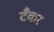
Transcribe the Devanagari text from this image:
टॅँकर